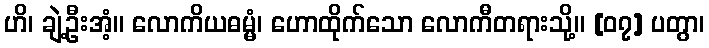
ဟိ၊ ချဲ့ဦးအံ့။ လောကိယဓမ္မံ၊ ဟောထိုက်သော လောကီတရားသို့။ [၀၇] ပတွာ၊